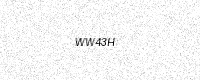
Text: WW43H